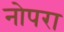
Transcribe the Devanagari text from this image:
नोपरा